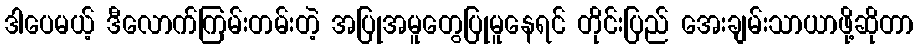
ဒါပေမယ့် ဒီလောက်ကြမ်းတမ်းတဲ့ အပြုအမူတွေပြုမူနေရင် တိုင်းပြည် အေးချမ်းသာယာဖို့ဆိုတာ